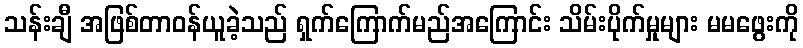
သန်းချီ အဖြစ်တာဝန်ယူခဲ့သည် ရှက်ကြောက်မည်အကြောင်း သိမ်းပိုက်မှုများ မမဖွေးကို